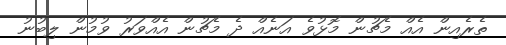
ތެރެއިން އެއް މެޗުން މޮޅުވެ އަނެއް ދެ މެޗުން އެއްވަރު ވުމުން ލިބުނު